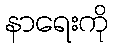
နာရေးကို